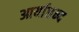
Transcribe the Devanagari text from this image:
आर्याछन्द